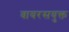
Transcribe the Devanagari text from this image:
वायरसयुक्त